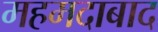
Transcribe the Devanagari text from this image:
महमदाबाद